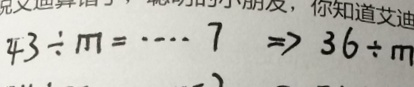
4 3 \div m = \cdots 7 \Rightarrow 3 6 \div m